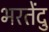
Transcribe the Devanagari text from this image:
भरतेंदु